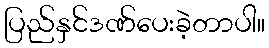
ပြည်နှင်ဒဏ်ပေးခဲ့တာပါ။